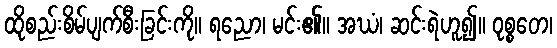
ထိုစည်းစိမ်ပျက်စီးခြင်းကို။ ရညော၊ မင်း၏။ အဃံ၊ ဆင်းရဲဟူ၍။ ဝုစ္စတေ၊